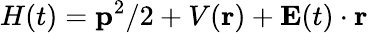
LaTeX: {H}(t)={\mathbf{{p}}^{2}}/{2}+V(\mathbf{r})+\mathbf{E}(t)\cdot\mathbf{r}